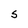
Character: S